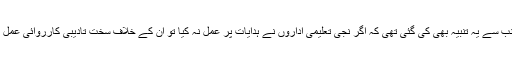
محکمہ تعلیم کی جانب سے یہ تنبیہ بھی کی گئی تھی کہ اگر نجی تعلیمی اداروں نے ہدایات پر عمل نہ کیا تو ان کے خلاف سخت تادیبی کارروائی عمل میں لائی جائے گی۔